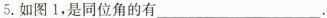
5.如图1，是同位角的有___.